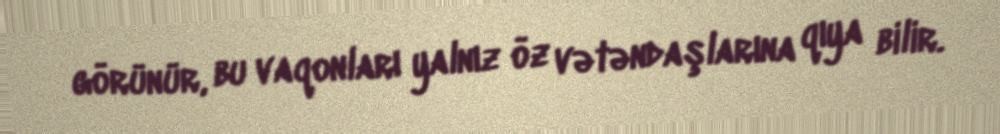
görünür, bu vaqonları yalnız öz vətəndaşlarına qıya bilir.